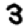
Digit: 3